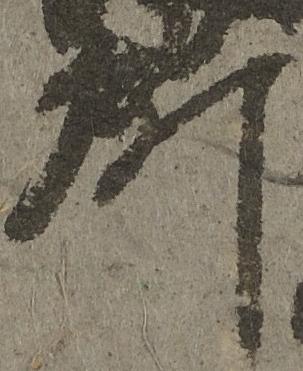
所